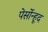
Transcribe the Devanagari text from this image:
पेर्सोन्हूद